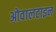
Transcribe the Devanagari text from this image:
ओवालटाइन